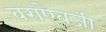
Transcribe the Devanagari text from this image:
वराऐवजी